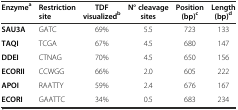
<table><thead><tr><td><b>Enzyme<sup>a</sup></b></td><td><b>Restriction site</b></td><td><b>TDF visualized<sup>b</sup></b></td><td><b>N° cleavage sites</b></td><td><b>Position (bp)<sup>c</sup></b></td><td><b>Length (bp)<sup>d</sup></b></td></tr></thead><tbody><tr><td><b>SAU3A</b></td><td>GATC</td><td>69%</td><td>5.5</td><td>723</td><td>133</td></tr><tr><td><b>TAQI</b></td><td>TCGA</td><td>67%</td><td>4.5</td><td>680</td><td>147</td></tr><tr><td><b>DDEI</b></td><td>CTNAG</td><td>70%</td><td>4.5</td><td>650</td><td>156</td></tr><tr><td><b>ECORII</b></td><td>CCWGG</td><td>66%</td><td>2.0</td><td>605</td><td>222</td></tr><tr><td><b>APOI</b></td><td>RAATTY</td><td>59%</td><td>2.4</td><td>676</td><td>167</td></tr><tr><td><b>ECORI</b></td><td>GAATTC</td><td>34%</td><td>0.5</td><td>683</td><td>234</td></tr></tbody></table>